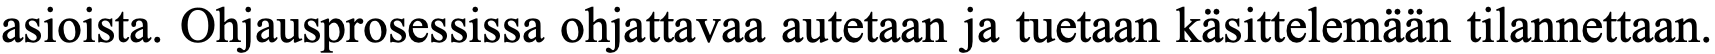
asioista. Ohjausprosessissa ohjattavaa autetaan ja tuetaan käsittelemään tilannettaan.